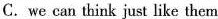
C. we can think just like them